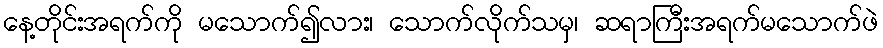
နေ့တိုင်းအရက်ကို မသောက်၍လား၊ သောက်လိုက်သမှ၊ ဆရာကြီးအရက်မသောက်ဖဲ